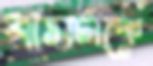
বাসটাকে